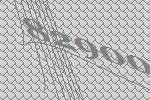
82900